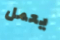
يعمل